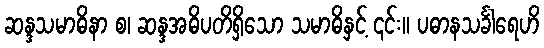
ဆန္ဒသမာဓိနာ စ၊ ဆန္ဒအဓိပတိရှိသော သမာဓိနှင့် ၎င်း။ ပဓာနသင်္ခါရေဟိ